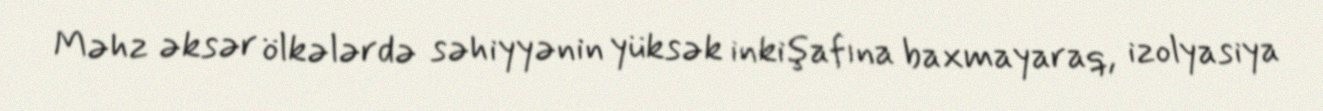
Məhz əksər ölkələrdə səhiyyənin yüksək inkişafına baxmayaraq, izolyasiya